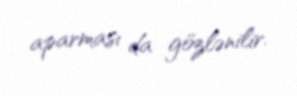
aparması da gözlənilir.